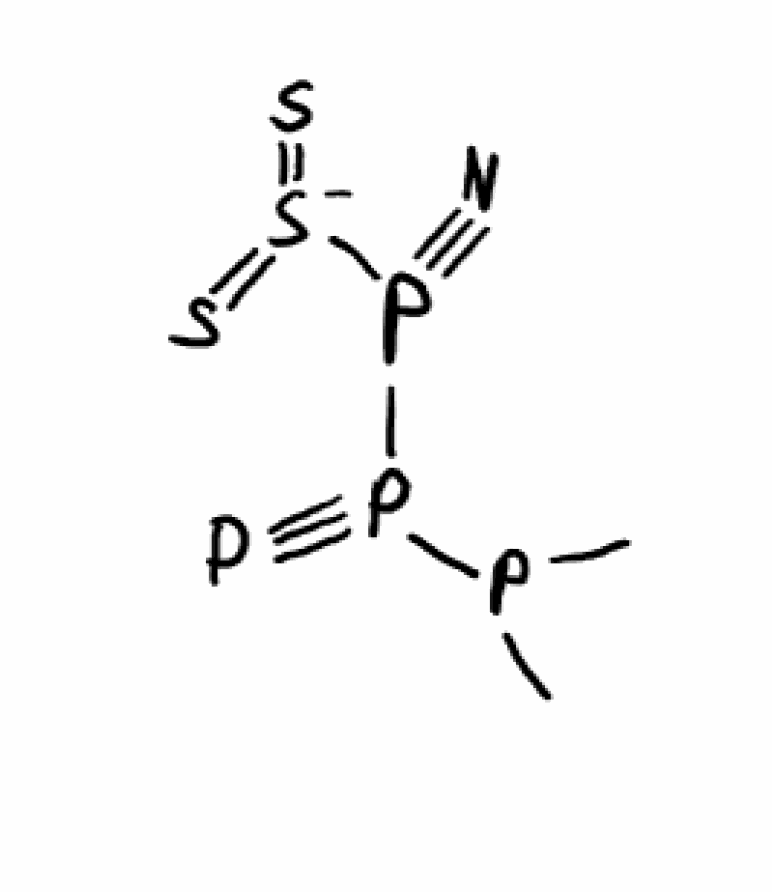
Simplified molecular-input line-entry system (SMILES) notation of the given molecule:
CP(C)P(#P)P(#N)[S-](=S)=S